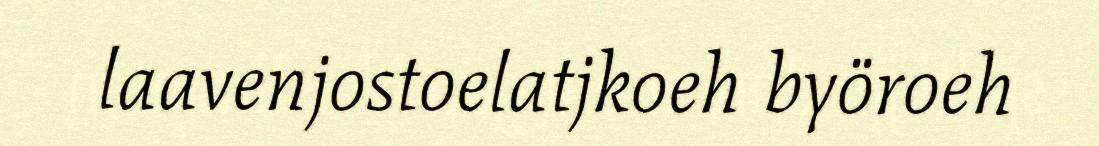
laavenjostoelatjkoeh byöroeh